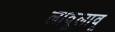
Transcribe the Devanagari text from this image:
लावूलावू